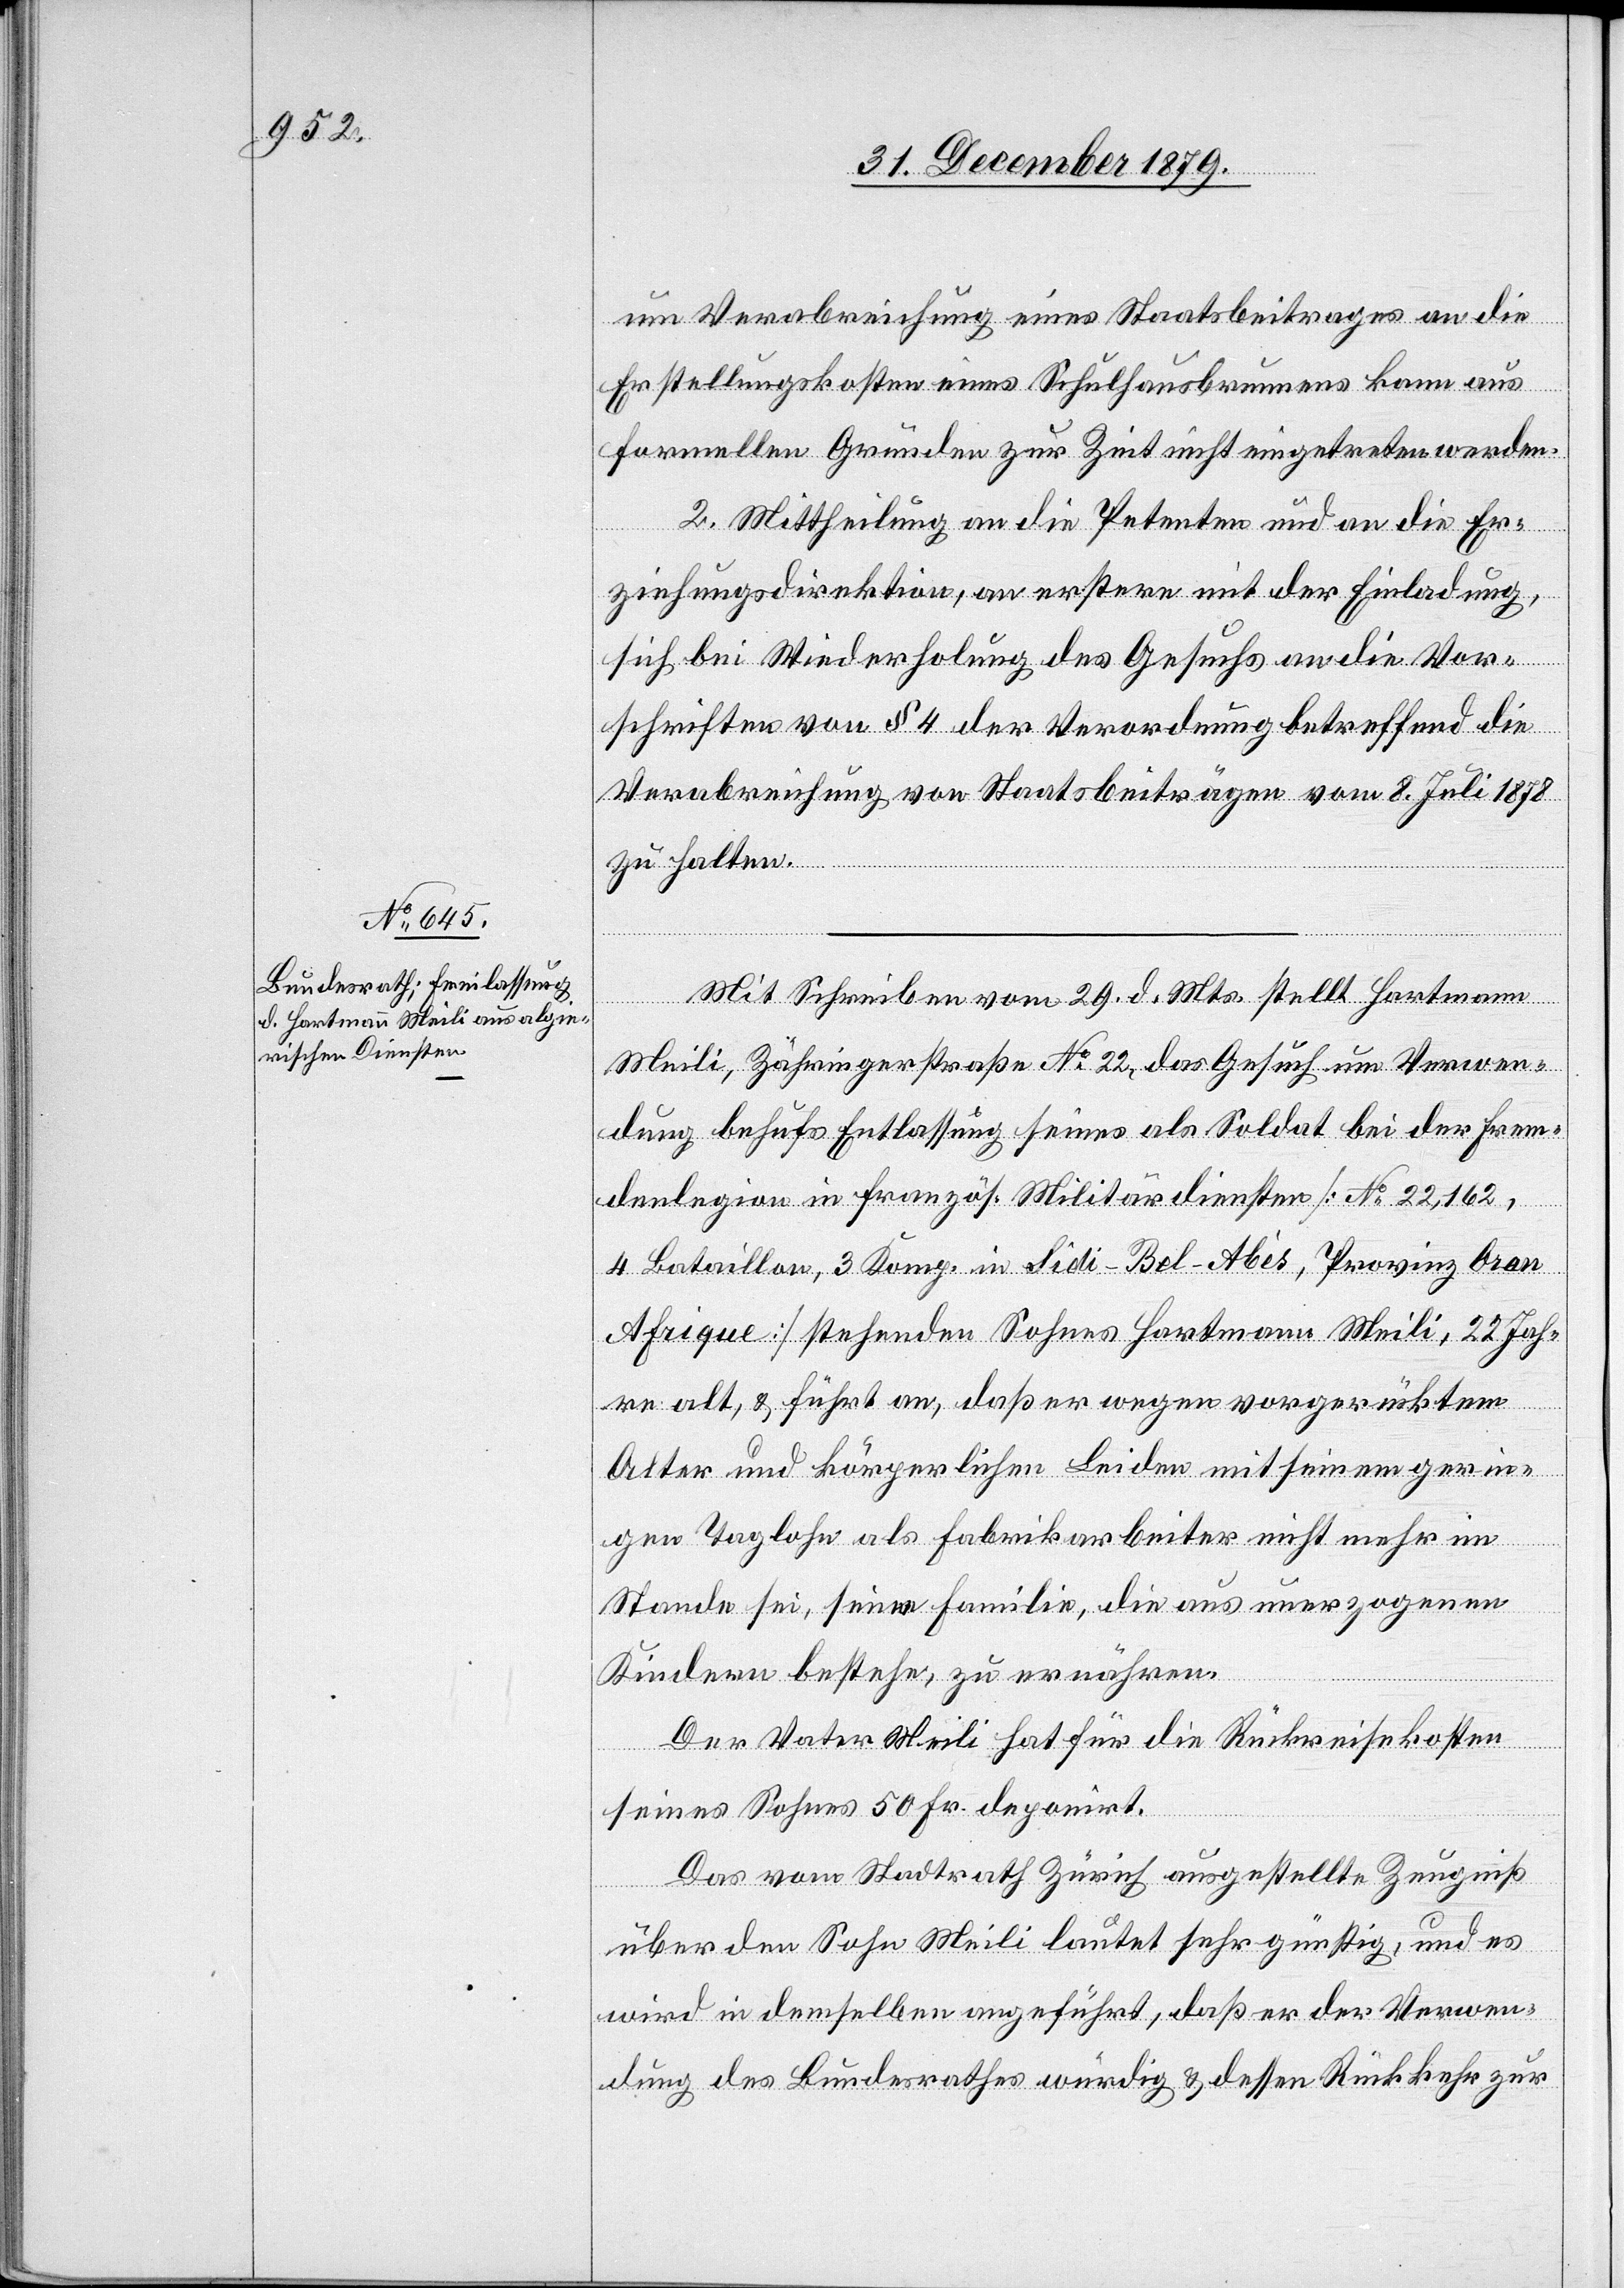
um Verabreichung eines Staatsbeitrages an die
Erstellungskosten eines Schulhausbrunnens kann aus
formellen Gründen zur Zeit nicht eingetreten werden.
2. Mittheilung an die Petenten und an die Er¬
ziehungsdirektion, an erstere mit der Einladung,
sich bei Wiederholung des Gesuchs an die Vor¬
schriften von § 4 der Verordnung betreffend die
Verabreichung von Staatsbeiträgen vom 8. Juli 1878
zu halten.
Mit Schreiben vom 29. d. Mts. stellt Hartmann
Meili, Zähringerstraße No 22, das Gesuch um Verwen¬
dung behufs Entlassung seines als Soldat bei der Frem¬
denlegion in französ. Militärdiensten [No 22,162,
4. Bataillon 3. Komp. in Sidi-Bel-Abés, Provinz Oran
Afrique] stehenden Sohnes Hartmann Meili, 22 Jah¬
re alt, & führt an, daß er wegen vorgerücktem
Alter und körperlichen Leiden mit seinem gerin¬
gen Taglohn als Fabrikarbeiter nicht mehr im
Stande sei, seine Familie, die aus unerzogenen
Kindern bestehe, zu ernähren.
Der Vater Meili hat für die Rückreisekosten
seines Sohnes 50 Fr. deponirt.
Das vom Stadtrath Zürich ausgestellte Zeugniß
über den Sohn Meili lautet sehr günstig, und es
wird in demselben angeführt, daß er der Verwen¬
dung des Bundesrathes würdig & dessen Rückkehr zur